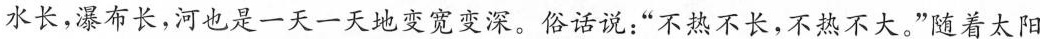
水长，瀑布长，河也是一天一天地变宽变深。俗话说：”不热不长，不热不大。”随着太阳